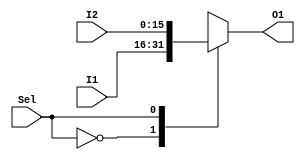
module MUXFULLPARALELL_16bits_2SEL
 (
 input wire Sel,
 input wire [15:0]I1, I2,
 output reg [15:0] O1
 );
always @( * )
  begin
    case (Sel)
      1'b0: O1 = I1;
      1'b1: O1 = I2;
    endcase
  end
endmodule